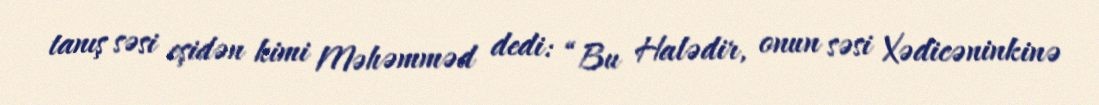
tanış səsi eşidən kimi Məhəmməd dedi: “Bu Halədir, onun səsi Xədicəninkinə